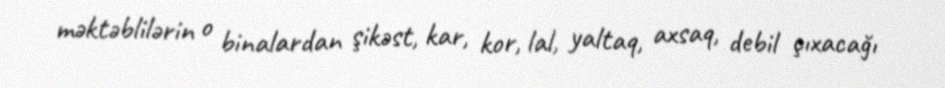
məktəblilərin o binalardan şikəst, kar, kor, lal, yaltaq, axsaq, debil çıxacağı